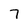
Character: 7